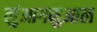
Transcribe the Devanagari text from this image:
लुंआगमुआल